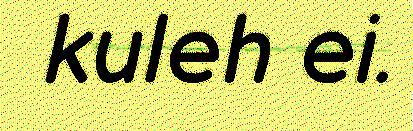
kuleh ei.